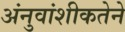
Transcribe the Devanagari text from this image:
अंनुवांशीकतेने